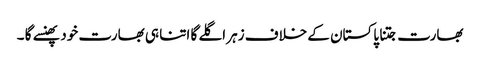
بھارت جتنا پاکستان کے خلاف زہر اگلے گا اتنا ہی بھارت خود پھنسے گا ۔